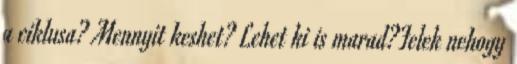
a ciklusa? Mennyit keshet? Lehet ki is marad?Felek nehogy